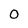
Character: 0